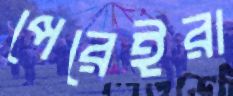
পেরেইরা